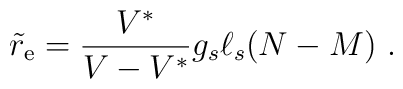
{\tilde r}_{\rm e}={V^*\over  V-V^*}g_s \ell_s (N-M)\ .